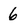
Character: 6